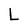
Character: L